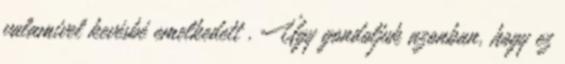
valamivel kevésbé emelkedett . Úgy gondoljuk azonban, hogy ez